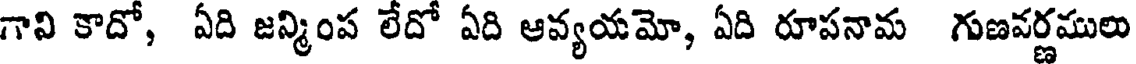
గావి కాదో, ఏది జన్మింప లేదో ఏది ఆవ్యయమో, ఏది రూపనామ గుణపర్ణములు